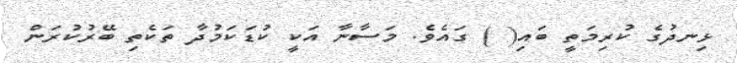
ޅިނދުގެ ކުރިމަތީ ބައި( ) ގައެވެ. މަސާނާ އަކީ ކުޑަކަމުދާ ތަކެތި ބޭރުކުރަން